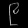
Digit: ၉